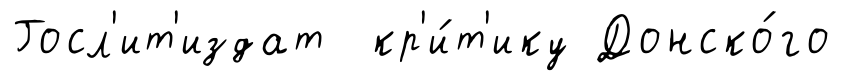
Госл'ит'издат кр'и́т'ику Донско́го